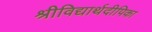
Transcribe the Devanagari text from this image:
श्रीविद्यार्थदीपिका